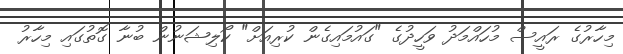
މިހާރުގެ ރައީސް މުހައްމަދު ވަހީދުގެ "ގައުމައިގެން ކުރިއަށް" ކޯލިޝަނުން ބުނާ ގޮތުގައި މިހާރު